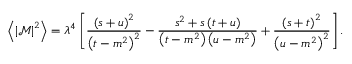
\left\langle \left\vert \mathcal { M } \right\vert ^ { 2 } \right\rangle = \lambda ^ { 4 } \left[ \frac { \left( s + u \right) ^ { 2 } } { \left( t - m ^ { 2 } \right) ^ { 2 } } - \frac { s ^ { 2 } + s \left( t + u \right) } { \left( t - m ^ { 2 } \right) \left( u - m ^ { 2 } \right) } + \frac { \left( s + t \right) ^ { 2 } } { \left( u - m ^ { 2 } \right) ^ { 2 } } \right] .